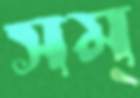
সম্